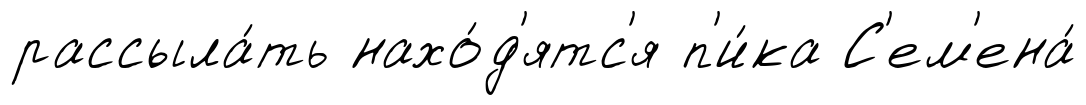
рассыла́ть нахо́д'ятс'я п'и́ка С'ем'ена́